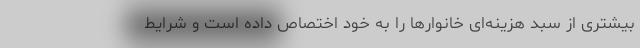
بیشتری از سبد هزینه‌ای خانوارها را به خود اختصاص داده است و شرایط